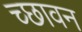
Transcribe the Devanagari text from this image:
च्छावन